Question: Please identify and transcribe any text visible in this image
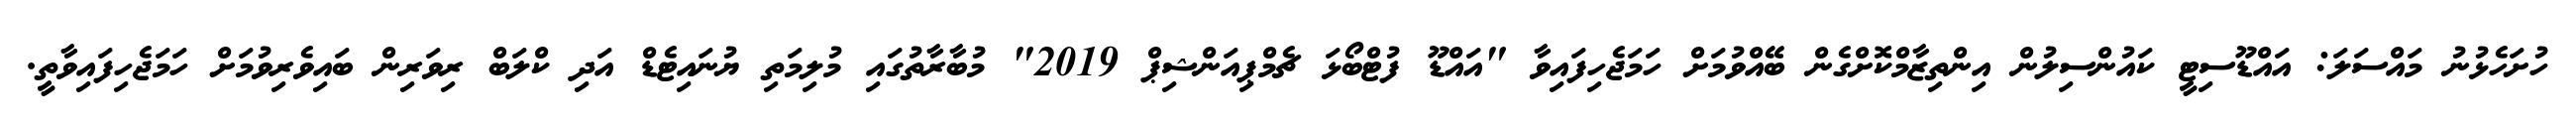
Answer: ހުށަހެޅުނު މައްސަލަ: އައްޑޫސިޓީ ކައުންސިލުން އިންތިޒާމްކޮށްގެން ބޭއްވުމަށް ހަމަޖެހިފައިވާ "އައްޑޫ ފުޓްބޯޅަ ޗެމްޕިއަންޝިޕް 2019" މުބާރާތުގައި މުލިމަތި ޔުނައިޓެޑް އަދި ކްލަބް ރިވަރިން ބައިވެރިވުމަށް ހަމަޖެހިފައިވާތީ.